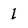
Character: 1